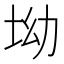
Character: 坳